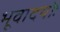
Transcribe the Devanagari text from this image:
भूवादयोः